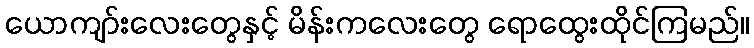
ယောကျာ်းလေးတွေနှင့် မိန်းကလေးတွေ ရောထွေးထိုင်ကြမည်။